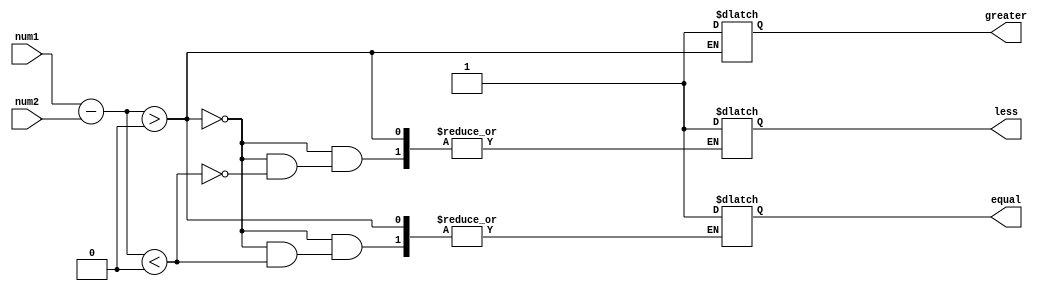
module unsigned_comparator(
    input [7:0] num1,
    input [7:0] num2,
    output reg greater,
    output reg less,
    output reg equal
);

reg [7:0] difference;

always @* begin
    difference = num1 - num2;
    
    if (difference > 0)
        greater = 1;
    else if (difference < 0)
        less = 1;
    else
        equal = 1;
end

endmodule